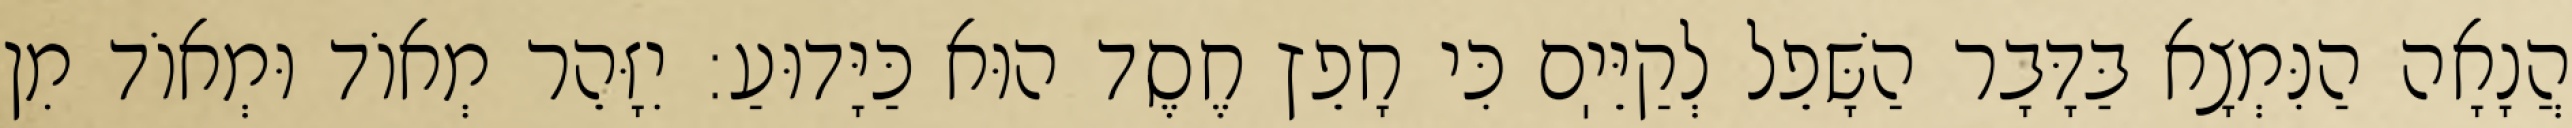
הֲנָאָה הַנִּמְצָא בַּדָּבָר הַשָּׁפֵל לְקַיֵּיֽם כִּי חָפֵץ חֶסֶד הוּא כַּיָּדוּעַ: יִזָּהֵר מְאוֹד וּמְאוֹד מִן